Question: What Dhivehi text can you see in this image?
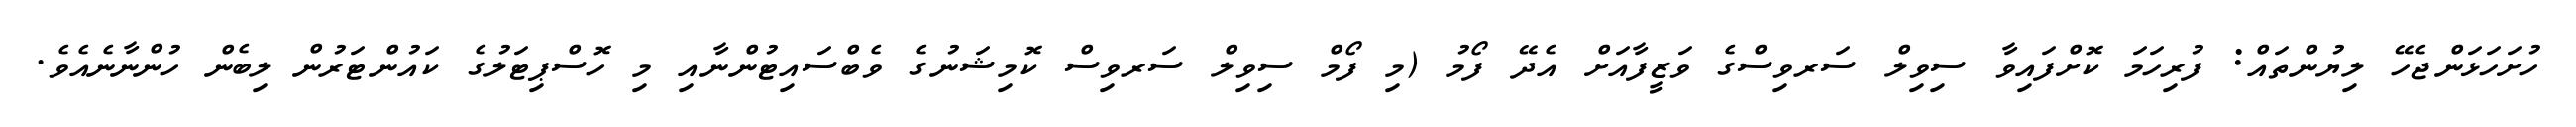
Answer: ހުށަހަޅަންޖެހޭ ލިޔުންތައް: ފުރިހަމަ ކޮށްފައިވާ ސިވިލް ސަރވިސްގެ ވަޒީފާއަށް އެދޭ ފޯމު (މި ފޯމް ސިވިލް ސަރވިސް ކޮމިޝަނުގެ ވެބްސައިޓުންނާއި މި ހޮސްޕިޓަލުގެ ކައުންޓަރުން ލިބެން ހުންނާނެއެވެ.